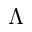
\Lambda